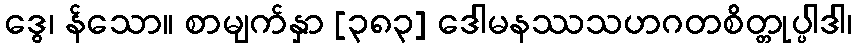
ဒွေ၊ န်သော။ စာမျက်နှာ [၃၈၃] ဒေါမနဿသဟဂတစိတ္တုပ္ပါဒါ၊